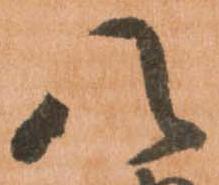
八